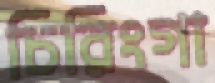
চিরিংগা